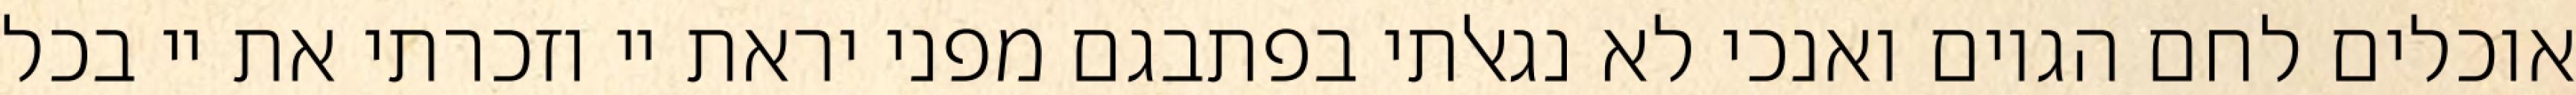
אוכלים לחם הגוים ואנכי לא נגאלתי בפתבגם מפני יראת יי וזכרתי את יי בכל